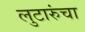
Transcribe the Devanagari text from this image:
लुटारुंचा